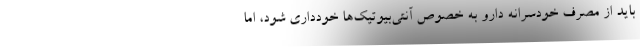
باید از مصرف خودسرانه دارو به خصوص آنتی‌بیوتیک‌ها خودداری شود، اما